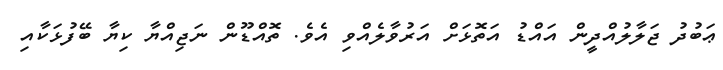
ޢަބުދު ޖަލާލުއްދީން އައްޑު އަތޮޅަށް އަރުވާލެއްވި އެވެ. ތޮއްޑޫން ނަޖިއްޔާ ކިޔާ ބޭފުޅަކާއި